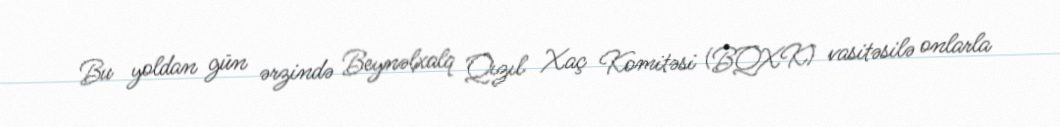
Bu yoldan gün ərzində Beynəlxalq Qızıl Xaç Komitəsi (BQXK) vasitəsilə onlarla